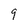
Character: 9